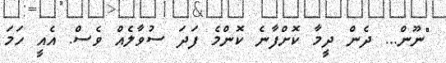
"ނޫން... ދެން ދީމާ ކޮށްފާނެ ކޮންމެ ފަދަ ސުވާލެއް ވެސް. އެއީ ހަމަ